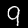
Digit: 9